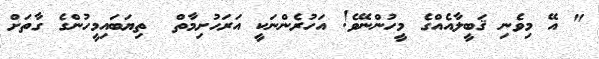
" އޭ މިވެނި ޤަބީލާއެއްގެ މީހުންނޭވެ! އަހުރެންނަކީ އަރަހުށިމާތް  ތިޔަބައިމީހުންގެ ގާތަށް